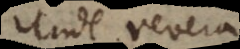
Unde rever